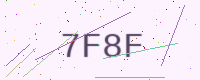
Text: 7F8F